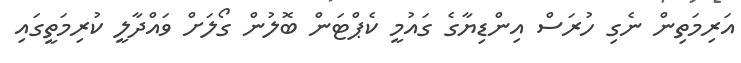
އަރިމަތިން ނެގި ހުރަސް އިންޑިޔާގެ ގައުމީ ކެޕްޓަން ބޮލުން ގޯލަށް ވައްދާލީ ކުރިމަތީގައި